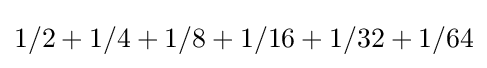
1/2+1/4+1/8+1/16+1/32+1/64